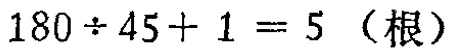
$180\div 45 + 1 = 5\ （根）$